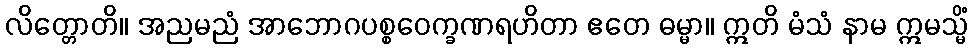
လိတ္တောတိ။ အညမညံ အာဘောဂပစ္စဝေက္ခဏရဟိတာ ဧတေ ဓမ္မာ။ ဣတိ မံသံ နာမ ဣမသ္မိံ